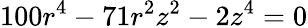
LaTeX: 100r^{4}-71r^{2}z^{2}-2z^{4}=0